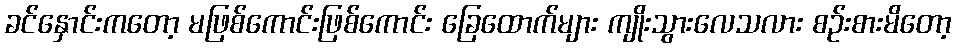
ခင်နှောင်းကတော့ မဖြစ်ကောင်းဖြစ်ကောင်း ခြေထောက်များ ကျိုးသွားလေသလား စဉ်းစားမိတော့